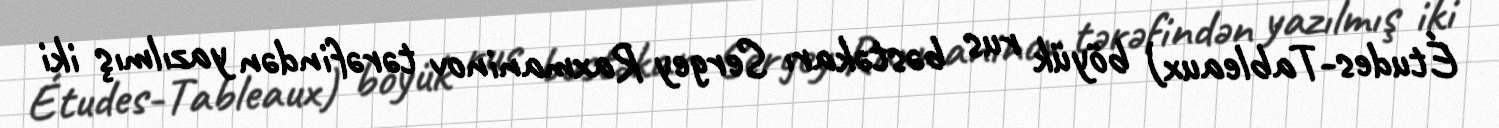
Études-Tableaux) böyük rus bəstəkarı Sergey Raxmaninov tərəfindən yazılmış iki